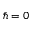
\hbar = 0